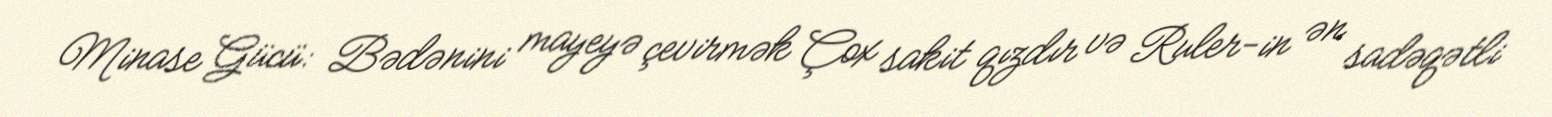
Minase Gücü: Bədənini mayeyə çevirmək Çox sakit qızdır və Ruler-in ən sadəqətli